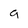
Character: a